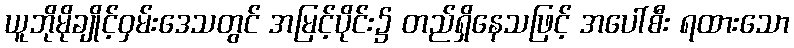
ယူဘိုမိုချိုင့်ဝှမ်းဒေသတွင် အမြင့်ပိုင်း၌ တည်ရှိနေသဖြင့် အပေါ်စီး ရထားသော